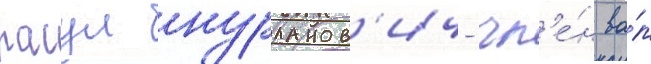
расул нурланов'ич- чл'е́н ва́п